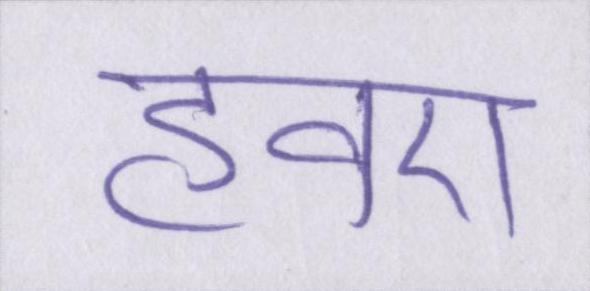
हवए